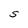
Character: S